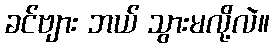
ခင်ဗျား ဘယ် သွားမလို့လဲ။